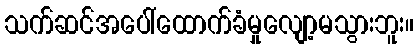
သက်ဆင်အပေါ်ထောက်ခံမှုလျော့မသွားဘူး။